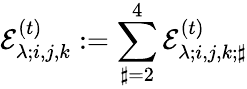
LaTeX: \mathcal{E}_{\lambda;i,j,k}^{(t)}:=\sum_{\sharp=2}^{4}\mathcal{E}_{\lambda;i,j,k;\sharp}^{(t)}